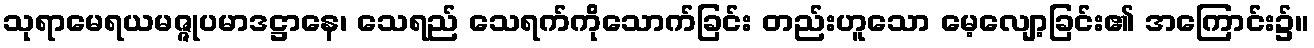
သုရာမေရယမဇ္ဇုပမာဒဋ္ဌာနေ၊ သေရည် သေရက်ကိုသောက်ခြင်း တည်းဟူသော မေ့လျော့ခြင်း၏ အကြောင်း၌။